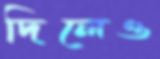
দিলেও